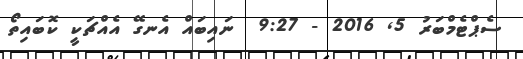
ސެޕްޓެމްބަރު 5